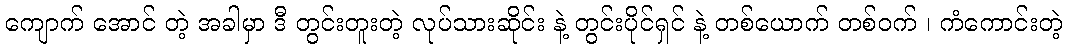
ကျောက် အောင် တဲ့ အခါမှာ ဒီ တွင်းတူးတဲ့ လုပ်သားဆိုင်း နဲ့ တွင်းပိုင်ရှင် နဲ့ တစ်ယောက် တစ်ဝက် ၊ ကံကောင်းတဲ့